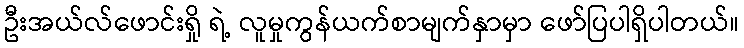
ဦးအယ်လ်ဖောင်းရှို ရဲ့ လူမှုကွန်ယက်စာမျက်နှာမှာ ဖော်ပြပါရှိပါတယ်။